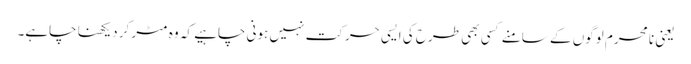
یعنی نا محرم لوگوں کے سامنے کسی بھی طرح کی ایسی حرکت نہیں ہونی چاہیے کہ وہ مٹر کر دیکھنا چاہے۔